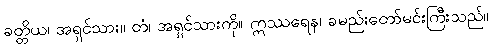
ခတ္တိယ၊ အရှင်သား။ တံ၊ အရှင်သားကို။ ဣဿရေန၊ ခမည်းတော်မင်းကြီးသည်။